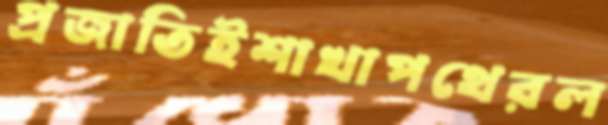
প্রজাতিইশাখাপথেরল